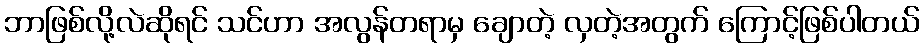
ဘာဖြစ်လို့လဲဆိုရင် သင်ဟာ အလွန်တရာမှ ချောတဲ့ လှတဲ့အတွက် ကြောင့်ဖြစ်ပါတယ်